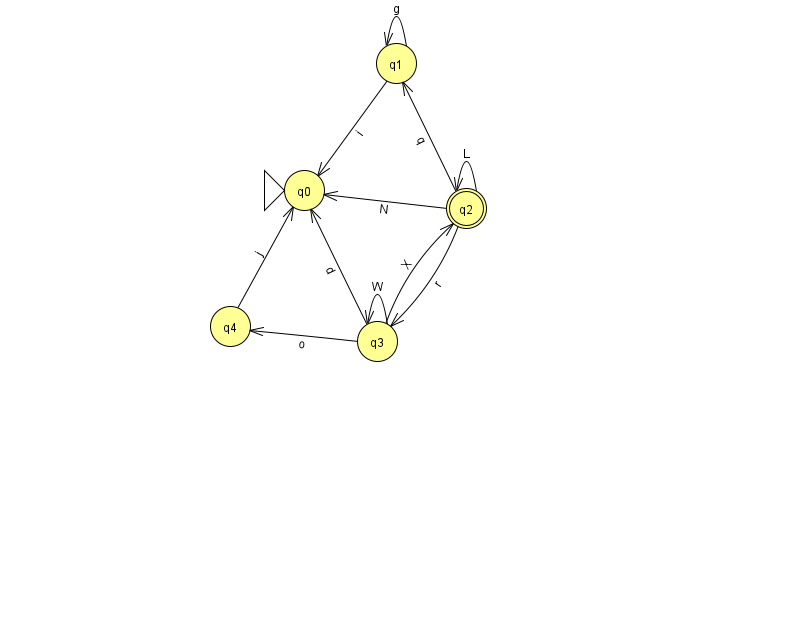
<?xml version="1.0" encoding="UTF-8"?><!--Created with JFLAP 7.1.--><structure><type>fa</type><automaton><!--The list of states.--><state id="0" name="q0"><x>304.0</x><y>177.0</y><initial/></state><state id="1" name="q1"><x>396.0</x><y>50.0</y></state><state id="2" name="q2"><x>466.0</x><y>195.0</y><final/></state><state id="3" name="q3"><x>377.0</x><y>328.0</y></state><state id="4" name="q4"><x>230.0</x><y>313.0</y></state><!--The list of transitions.--><transition><from>4</from><to>0</to><read>j</read></transition><transition><from>3</from><to>2</to><read>X</read></transition><transition><from>1</from><to>1</to><read>g</read></transition><transition><from>2</from><to>1</to><read>q</read></transition><transition><from>3</from><to>3</to><read>W</read></transition><transition><from>1</from><to>0</to><read>i</read></transition><transition><from>2</from><to>0</to><read>N</read></transition><transition><from>2</from><to>2</to><read>L</read></transition><transition><from>3</from><to>0</to><read>d</read></transition><transition><from>2</from><to>3</to><read>r</read></transition><transition><from>3</from><to>4</to><read>o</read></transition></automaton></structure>